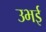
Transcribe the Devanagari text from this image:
उभई